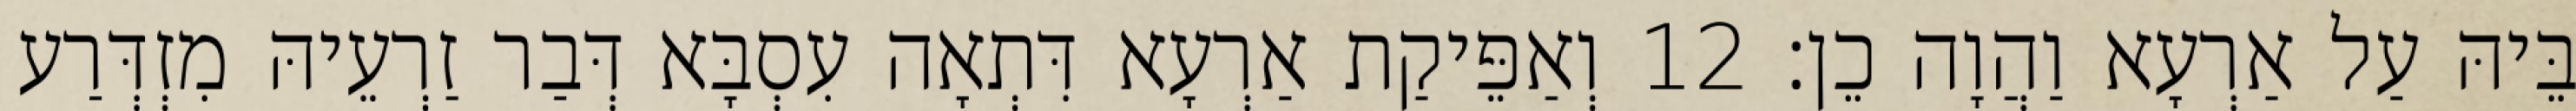
בֵּיהּ עַל אַרְעָא וַהֲוָה כֵן׃ 12 וְאַפֵּיקַת אַרְעָא דִּתְאָה עִסְבָּא דְּבַר זַרְעֵיהּ מִזְדְּרַע